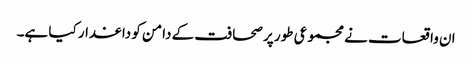
ان واقعات نے مجموعی طور پر صحافت کے دامن کو داغدار کیا ہے۔